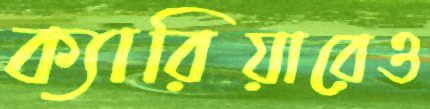
ক্যারিয়ারেও